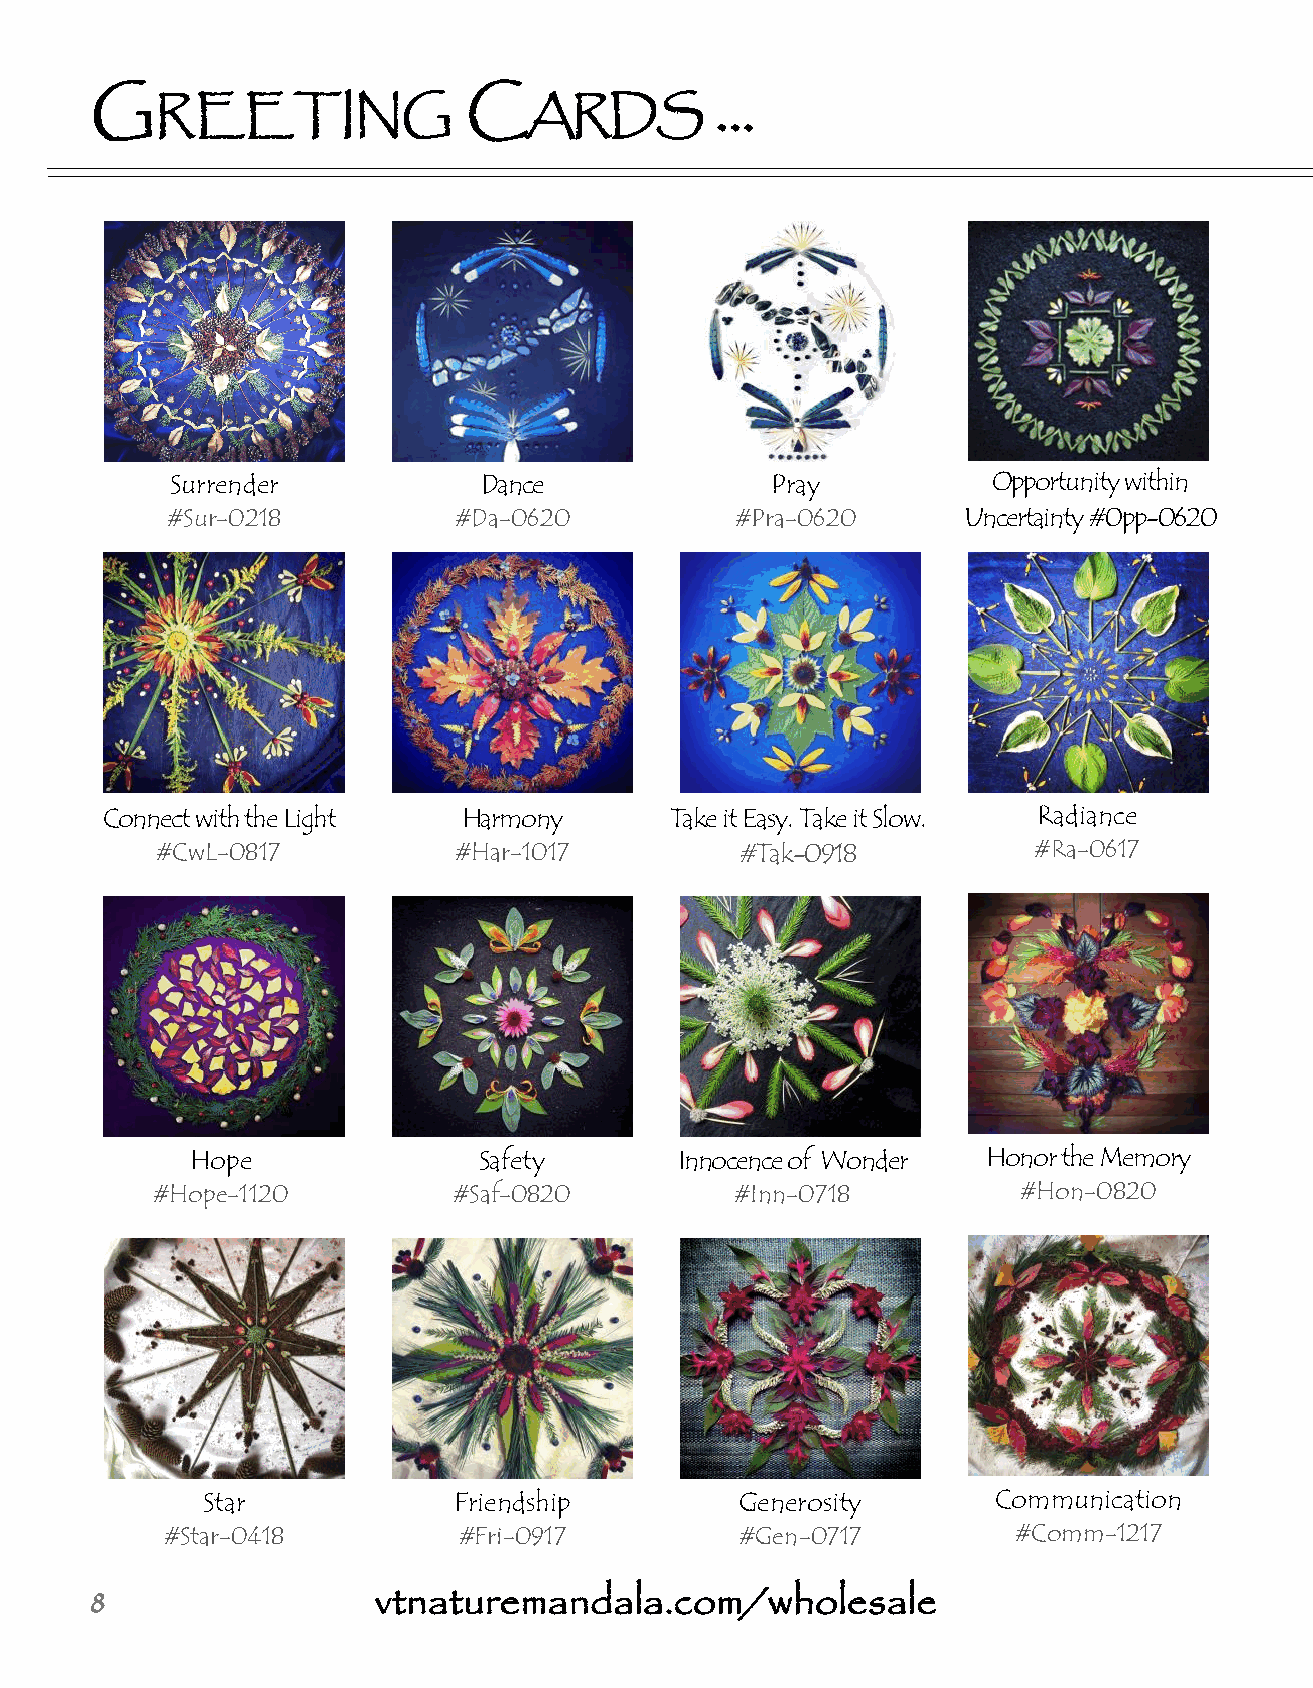
G                        C               ...
 REETING                  ARDS
 Surrender            Dance              Pray           Opportunity within
 #Sur-0218          #Da-0620           #Pra-0620      Uncertainty #0pp-0620
 Connect with the Light  Harmony      Take it Easy. Take it Slow. Radiance
 #CwL-0817           #Har-1017          #Tak-0918          #Ra-0617
 Hope               Safety       Innocence of Wonder Honor the Memory
 #Hope-1120          #Saf-0820          #Inn-0718         #Hon-0820
 Star             Friendship         Generosity       Communication
 #Star-0418         #Fri-0917          #Gen-0717         #Comm-1217
 8                  vtnaturemandala.com/wholesale